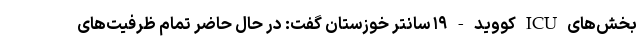
بخش‌های ICU کووید - ۱۹ سانتر خوزستان گفت: در حال حاضر تمام ظرفیت‌های